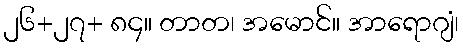
၂၆+၂၇+ ၈၄။ တာတ၊ အမောင်။ အာရောဂျံ၊